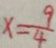
x = \frac { 9 } { 4 }